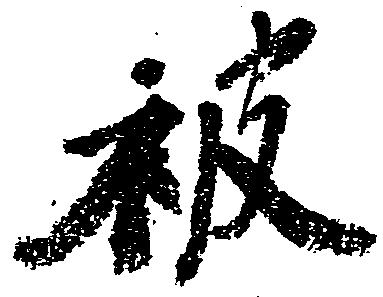
被